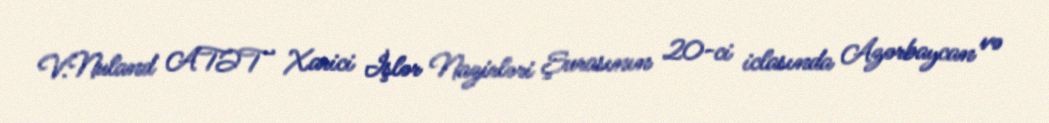
V.Nuland ATƏT Xarici İşlər Nazirləri Şurasının 20-ci iclasında Azərbaycan və